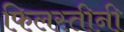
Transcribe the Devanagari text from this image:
फिलस्तीनी